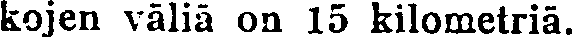
kojen väliä uti 15 kilometriä.